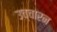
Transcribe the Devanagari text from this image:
उच्चारन